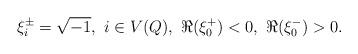
LaTeX: \begin{align*}\xi^{\pm}_{i}=\sqrt{-1}, \ i \in V(Q), \ \Re (\xi^{+}_0) <0, \ \Re (\xi^{-}_0)>0.\end{align*}